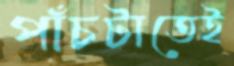
পাঁচটাতেই